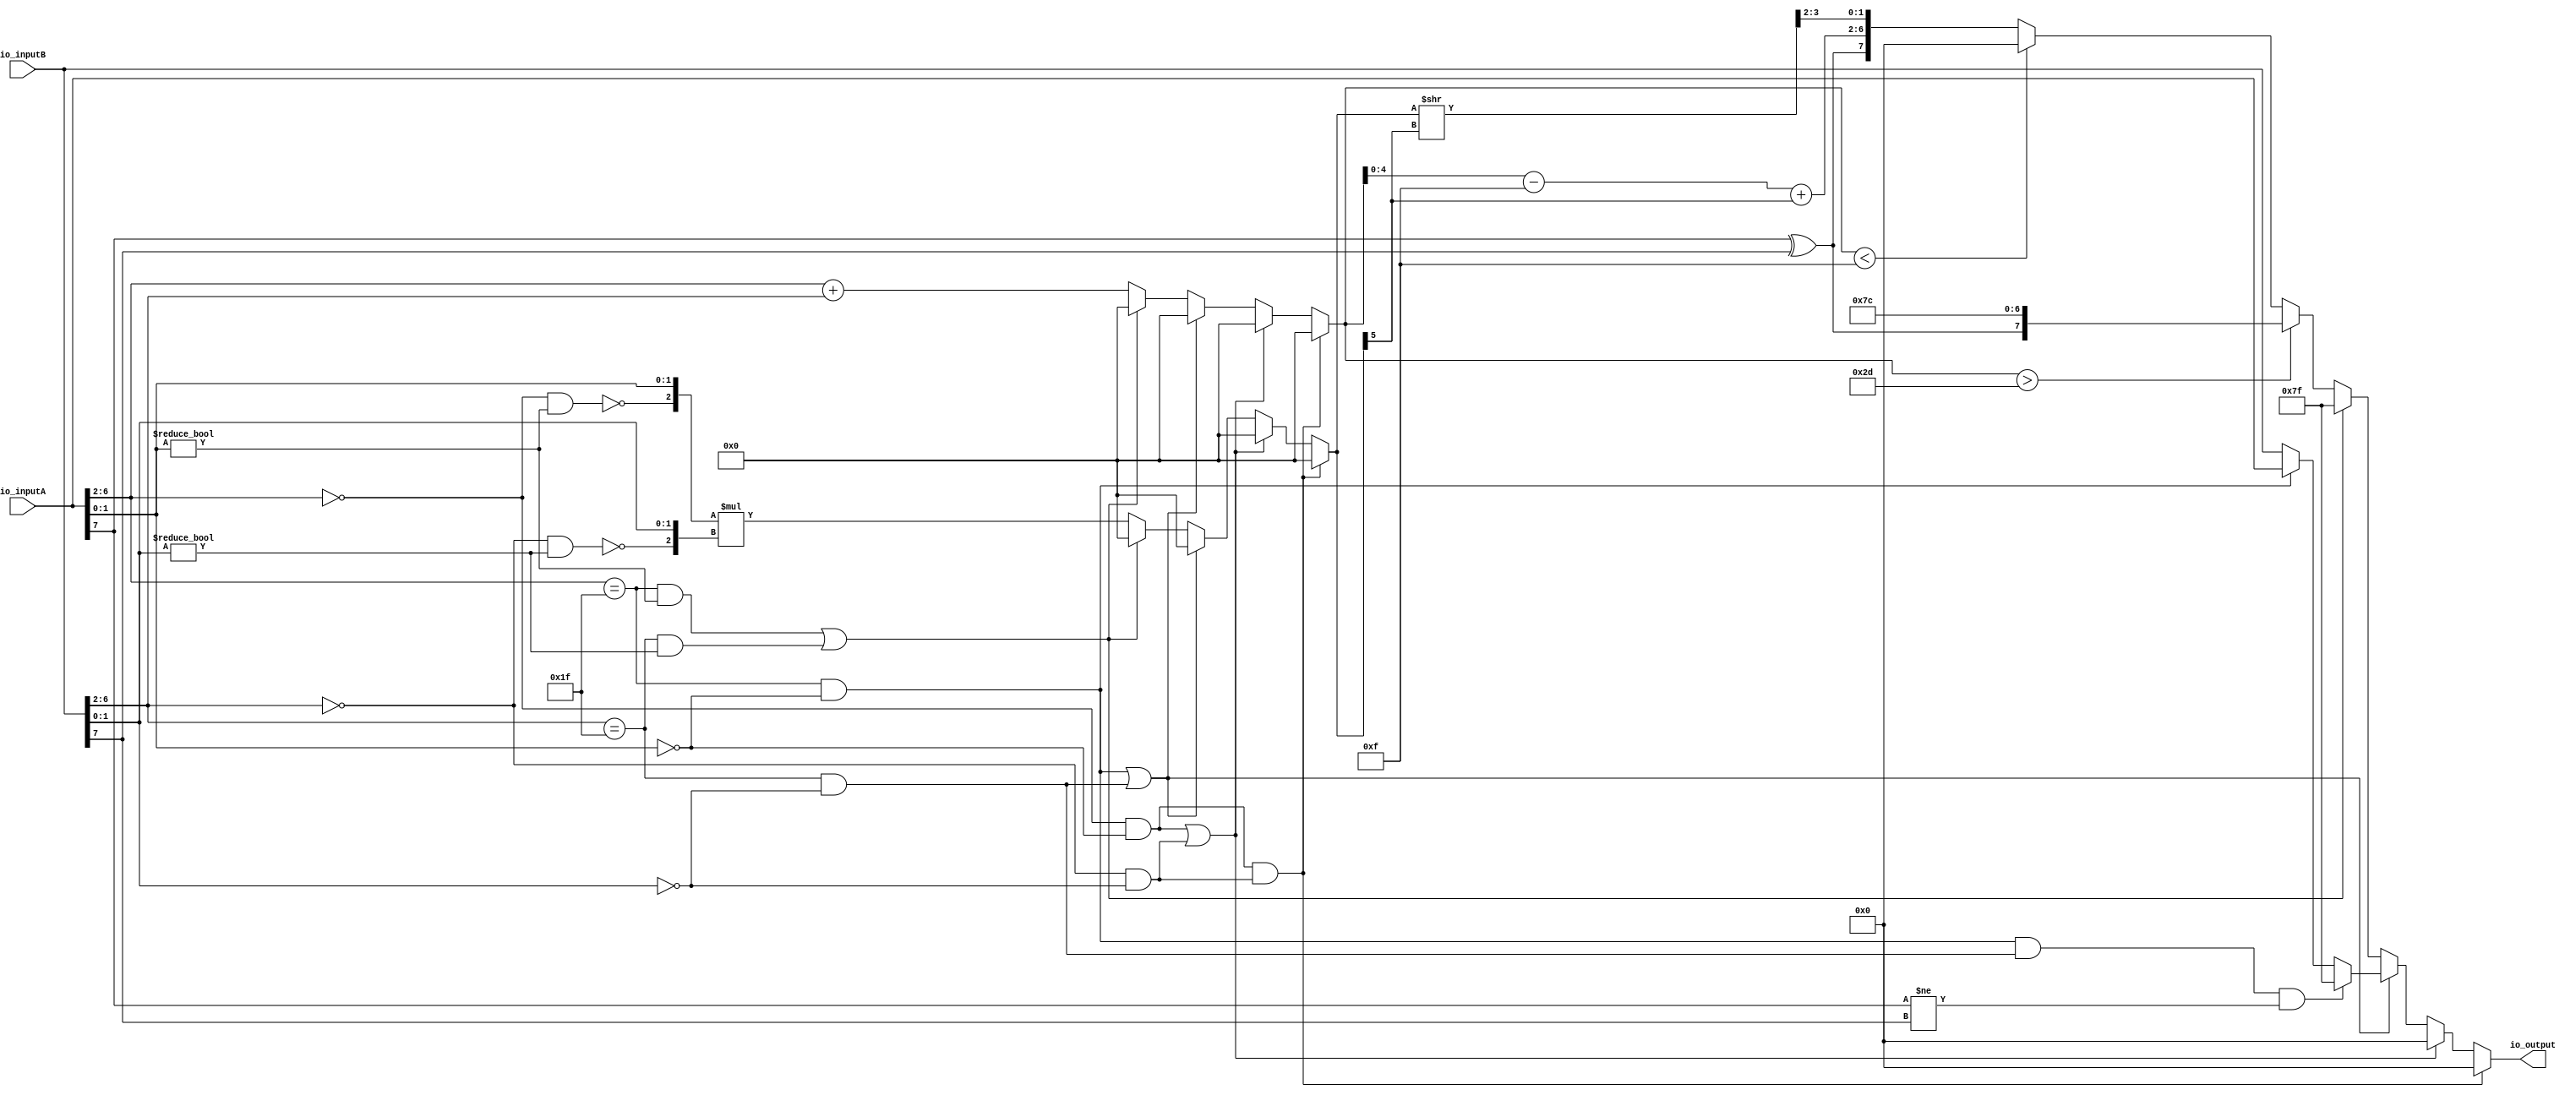
`default_nettype none

module FP8_MUL(
  input  [7:0] io_inputA,
  input  [7:0] io_inputB,
  output [7:0] io_output
);
  wire  signA = io_inputA[7]; // @[FP8_MUL.scala 13:20]
  wire [4:0] expA = io_inputA[6:2]; // @[FP8_MUL.scala 14:24]
  wire [1:0] sigA = io_inputA[1:0]; // @[FP8_MUL.scala 15:27]
  wire  signB = io_inputB[7]; // @[FP8_MUL.scala 13:20]
  wire [4:0] expB = io_inputB[6:2]; // @[FP8_MUL.scala 14:24]
  wire [1:0] sigB = io_inputB[1:0]; // @[FP8_MUL.scala 15:27]
  wire  _infFlagA_T = expA == 5'h1f; // @[FP8_MUL.scala 24:25]
  wire  _infFlagA_T_1 = sigA == 2'h0; // @[FP8_MUL.scala 24:48]
  wire  infFlagA = expA == 5'h1f & sigA == 2'h0; // @[FP8_MUL.scala 24:40]
  wire  _infFlagB_T = expB == 5'h1f; // @[FP8_MUL.scala 25:25]
  wire  _infFlagB_T_1 = sigB == 2'h0; // @[FP8_MUL.scala 25:48]
  wire  infFlagB = expB == 5'h1f & sigB == 2'h0; // @[FP8_MUL.scala 25:40]
  wire  _zeroFlagA_T = expA == 5'h0; // @[FP8_MUL.scala 28:26]
  wire  zeroFlagA = expA == 5'h0 & _infFlagA_T_1; // @[FP8_MUL.scala 28:41]
  wire  _zeroFlagB_T = expB == 5'h0; // @[FP8_MUL.scala 29:26]
  wire  zeroFlagB = expB == 5'h0 & _infFlagB_T_1; // @[FP8_MUL.scala 29:41]
  wire  _nanFlagA_T_1 = sigA != 2'h0; // @[FP8_MUL.scala 32:48]
  wire  nanFlagA = _infFlagA_T & sigA != 2'h0; // @[FP8_MUL.scala 32:40]
  wire  _nanFlagB_T_1 = sigB != 2'h0; // @[FP8_MUL.scala 33:48]
  wire  nanFlagB = _infFlagB_T & sigB != 2'h0; // @[FP8_MUL.scala 33:40]
  wire  subFlagA = _zeroFlagA_T & _nanFlagA_T_1; // @[FP8_MUL.scala 36:40]
  wire  subFlagB = _zeroFlagB_T & _nanFlagB_T_1; // @[FP8_MUL.scala 37:40]
  wire [7:0] _io_output_T = infFlagA ? io_inputA : io_inputB; // @[FP8_MUL.scala 55:23]
  wire [7:0] _GEN_0 = infFlagA & infFlagB & signA != signB ? 8'h7f : _io_output_T; // @[FP8_MUL.scala 52:53 53:17 55:17]
  wire [5:0] _ovrChk_6_T = expA + expB; // @[FP8_MUL.scala 61:22]
  wire  _sigMul_6_T = ~subFlagA; // @[FP8_MUL.scala 62:21]
  wire [2:0] _sigMul_6_T_1 = {_sigMul_6_T,sigA}; // @[Cat.scala 33:92]
  wire  _sigMul_6_T_2 = ~subFlagB; // @[FP8_MUL.scala 62:43]
  wire [2:0] _sigMul_6_T_3 = {_sigMul_6_T_2,sigB}; // @[Cat.scala 33:92]
  wire [5:0] _sigMul_6_T_4 = _sigMul_6_T_1 * _sigMul_6_T_3; // @[FP8_MUL.scala 62:37]
  wire [5:0] _GEN_4 = nanFlagA | nanFlagB ? 6'h0 : _ovrChk_6_T; // @[FP8_MUL.scala 42:14 57:35 61:14]
  wire [5:0] _GEN_7 = infFlagA | infFlagB ? 6'h0 : _GEN_4; // @[FP8_MUL.scala 42:14 50:35]
  wire [5:0] _GEN_10 = zeroFlagA | zeroFlagB ? 6'h0 : _GEN_7; // @[FP8_MUL.scala 42:14 48:37]
  wire [5:0] ovrChk_6 = zeroFlagA & zeroFlagB ? 6'h0 : _GEN_10; // @[FP8_MUL.scala 42:14 45:32]
  wire  _io_output_T_1 = signA ^ signB; // @[FP8_MUL.scala 64:30]
  wire [7:0] _io_output_T_2 = {_io_output_T_1,7'h7c}; // @[Cat.scala 33:92]
  wire [5:0] _io_output_T_5 = ovrChk_6 - 6'hf; // @[FP8_MUL.scala 69:50]
  wire [5:0] _GEN_5 = nanFlagA | nanFlagB ? 6'h0 : _sigMul_6_T_4; // @[FP8_MUL.scala 43:14 57:35 62:14]
  wire [5:0] _GEN_8 = infFlagA | infFlagB ? 6'h0 : _GEN_5; // @[FP8_MUL.scala 43:14 50:35]
  wire [5:0] _GEN_11 = zeroFlagA | zeroFlagB ? 6'h0 : _GEN_8; // @[FP8_MUL.scala 43:14 48:37]
  wire [5:0] sigMul_6 = zeroFlagA & zeroFlagB ? 6'h0 : _GEN_11; // @[FP8_MUL.scala 43:14 45:32]
  wire [4:0] _GEN_15 = {{4'd0}, sigMul_6[5]}; // @[FP8_MUL.scala 69:63]
  wire [4:0] _io_output_T_9 = _io_output_T_5[4:0] + _GEN_15; // @[FP8_MUL.scala 69:63]
  wire [5:0] _io_output_T_11 = sigMul_6 >> sigMul_6[5]; // @[FP8_MUL.scala 69:89]
  wire [7:0] _io_output_T_13 = {_io_output_T_1,_io_output_T_9,_io_output_T_11[3:2]}; // @[Cat.scala 33:92]
  wire [7:0] _GEN_1 = ovrChk_6 < 6'hf ? 8'h0 : _io_output_T_13; // @[FP8_MUL.scala 65:32 66:17 69:17]
  wire [7:0] _GEN_2 = ovrChk_6 > 6'h2d ? _io_output_T_2 : _GEN_1; // @[FP8_MUL.scala 63:26 64:17]
  wire [7:0] _GEN_3 = nanFlagA | nanFlagB ? 8'h7f : _GEN_2; // @[FP8_MUL.scala 57:35 58:15]
  wire [7:0] _GEN_6 = infFlagA | infFlagB ? _GEN_0 : _GEN_3; // @[FP8_MUL.scala 50:35]
  wire [7:0] _GEN_9 = zeroFlagA | zeroFlagB ? 8'h0 : _GEN_6; // @[FP8_MUL.scala 48:37 49:15]
  assign io_output = zeroFlagA & zeroFlagB ? 8'h0 : _GEN_9; // @[FP8_MUL.scala 45:32 47:15]
endmodule

module FP8_ADD(
  input  [7:0] io_inputA,
  input  [7:0] io_inputB,
  output [7:0] io_output
);
  wire  signA = io_inputA[7]; // @[FP8_ADD.scala 13:18]
  wire [4:0] expA = io_inputA[6:2]; // @[FP8_ADD.scala 14:22]
  wire [1:0] sigA = io_inputA[1:0]; // @[FP8_ADD.scala 15:25]
  wire  signB = io_inputB[7]; // @[FP8_ADD.scala 13:18]
  wire [4:0] expB = io_inputB[6:2]; // @[FP8_ADD.scala 14:22]
  wire [1:0] sigB = io_inputB[1:0]; // @[FP8_ADD.scala 15:25]
  wire  _infFlagA_T = expA == 5'h1f; // @[FP8_ADD.scala 24:23]
  wire  _infFlagA_T_1 = sigA == 2'h0; // @[FP8_ADD.scala 24:46]
  wire  infFlagA = expA == 5'h1f & sigA == 2'h0; // @[FP8_ADD.scala 24:38]
  wire  _infFlagB_T = expB == 5'h1f; // @[FP8_ADD.scala 25:23]
  wire  _infFlagB_T_1 = sigB == 2'h0; // @[FP8_ADD.scala 25:46]
  wire  infFlagB = expB == 5'h1f & sigB == 2'h0; // @[FP8_ADD.scala 25:38]
  wire  _zeroFlagA_T = expA == 5'h0; // @[FP8_ADD.scala 28:24]
  wire  zeroFlagA = expA == 5'h0 & _infFlagA_T_1; // @[FP8_ADD.scala 28:39]
  wire  _zeroFlagB_T = expB == 5'h0; // @[FP8_ADD.scala 29:24]
  wire  zeroFlagB = expB == 5'h0 & _infFlagB_T_1; // @[FP8_ADD.scala 29:39]
  wire  _nanFlagA_T_1 = sigA != 2'h0; // @[FP8_ADD.scala 32:46]
  wire  nanFlagA = _infFlagA_T & sigA != 2'h0; // @[FP8_ADD.scala 32:38]
  wire  _nanFlagB_T_1 = sigB != 2'h0; // @[FP8_ADD.scala 33:46]
  wire  nanFlagB = _infFlagB_T & sigB != 2'h0; // @[FP8_ADD.scala 33:38]
  wire  subFlagA = _zeroFlagA_T & _nanFlagA_T_1; // @[FP8_ADD.scala 36:38]
  wire  subFlagB = _zeroFlagB_T & _nanFlagB_T_1; // @[FP8_ADD.scala 37:38]
  wire [7:0] _io_output_T = zeroFlagA ? io_inputB : io_inputA; // @[FP8_ADD.scala 56:21]
  wire  _T_4 = signA != signB; // @[FP8_ADD.scala 59:42]
  wire [7:0] _io_output_T_1 = infFlagA ? io_inputA : io_inputB; // @[FP8_ADD.scala 62:23]
  wire [7:0] _GEN_0 = infFlagA & infFlagB & signA != signB ? 8'h7f : _io_output_T_1; // @[FP8_ADD.scala 59:53 60:17 62:17]
  wire  _T_8 = sigA > sigB; // @[FP8_ADD.scala 71:17]
  wire [2:0] _ovrChk_a_n_T = {1'h0,sigA}; // @[Cat.scala 33:92]
  wire [2:0] _ovrChk_a_n_T_1 = {1'h0,sigB}; // @[Cat.scala 33:92]
  wire [3:0] _ovrChk_a_n_T_2 = _ovrChk_a_n_T + _ovrChk_a_n_T_1; // @[FP8_ADD.scala 72:38]
  wire [2:0] _ovrChk_s_n_T_3 = _ovrChk_a_n_T - _ovrChk_a_n_T_1; // @[FP8_ADD.scala 73:38]
  wire  _io_output_T_2 = ~signA; // @[FP8_ADD.scala 74:32]
  wire  _io_output_T_3 = ~signB; // @[FP8_ADD.scala 74:62]
  wire  _T_9 = sigB > sigA; // @[FP8_ADD.scala 75:23]
  wire [3:0] _ovrChk_a_n_T_5 = _ovrChk_a_n_T_1 + _ovrChk_a_n_T; // @[FP8_ADD.scala 76:38]
  wire [3:0] _GEN_1 = sigB > sigA ? _ovrChk_a_n_T_5 : _ovrChk_a_n_T_5; // @[FP8_ADD.scala 75:30 76:20 80:20]
  wire [3:0] _GEN_4 = sigA > sigB ? _ovrChk_a_n_T_2 : _GEN_1; // @[FP8_ADD.scala 71:24 72:20]
  wire [3:0] _GEN_21 = subFlagA & subFlagB ? _GEN_4 : 4'h0; // @[FP8_ADD.scala 49:14 68:31]
  wire [3:0] _GEN_27 = nanFlagA | nanFlagB ? 4'h0 : _GEN_21; // @[FP8_ADD.scala 49:14 64:35]
  wire [3:0] _GEN_32 = infFlagA | infFlagB ? 4'h0 : _GEN_27; // @[FP8_ADD.scala 49:14 57:35]
  wire [3:0] _GEN_37 = zeroFlagA | zeroFlagB ? 4'h0 : _GEN_32; // @[FP8_ADD.scala 49:14 55:37]
  wire [3:0] _GEN_42 = zeroFlagA & zeroFlagB ? 4'h0 : _GEN_37; // @[FP8_ADD.scala 49:14 52:32]
  wire [2:0] ovrChk_a_n = _GEN_42[2:0]; // @[FP8_ADD.scala 47:24]
  wire [4:0] _GEN_46 = {{4'd0}, ovrChk_a_n[2]}; // @[FP8_ADD.scala 74:80]
  wire [4:0] _io_output_T_6 = expA + _GEN_46; // @[FP8_ADD.scala 74:80]
  wire [6:0] _io_output_T_8 = {_io_output_T_6,ovrChk_a_n[1:0]}; // @[Cat.scala 33:92]
  wire [2:0] _ovrChk_s_n_T_7 = _ovrChk_a_n_T_1 - _ovrChk_a_n_T; // @[FP8_ADD.scala 77:38]
  wire [2:0] _GEN_2 = sigB > sigA ? _ovrChk_s_n_T_7 : 3'h0; // @[FP8_ADD.scala 50:14 75:30 77:20]
  wire [2:0] _GEN_5 = sigA > sigB ? _ovrChk_s_n_T_3 : _GEN_2; // @[FP8_ADD.scala 71:24 73:20]
  wire [2:0] _GEN_22 = subFlagA & subFlagB ? _GEN_5 : 3'h0; // @[FP8_ADD.scala 50:14 68:31]
  wire [2:0] _GEN_28 = nanFlagA | nanFlagB ? 3'h0 : _GEN_22; // @[FP8_ADD.scala 50:14 64:35]
  wire [2:0] _GEN_33 = infFlagA | infFlagB ? 3'h0 : _GEN_28; // @[FP8_ADD.scala 50:14 57:35]
  wire [2:0] _GEN_38 = zeroFlagA | zeroFlagB ? 3'h0 : _GEN_33; // @[FP8_ADD.scala 50:14 55:37]
  wire [2:0] ovrChk_s_n = zeroFlagA & zeroFlagB ? 3'h0 : _GEN_38; // @[FP8_ADD.scala 50:14 52:32]
  wire [4:0] _GEN_47 = {{4'd0}, ovrChk_s_n[2]}; // @[FP8_ADD.scala 74:124]
  wire [4:0] _io_output_T_11 = expA + _GEN_47; // @[FP8_ADD.scala 74:124]
  wire [6:0] _io_output_T_13 = {_io_output_T_11,ovrChk_s_n[1:0]}; // @[Cat.scala 33:92]
  wire [6:0] _io_output_T_14 = ~signB ? _io_output_T_8 : _io_output_T_13; // @[FP8_ADD.scala 74:55]
  wire [7:0] _io_output_T_15 = {signA,_io_output_T_14}; // @[Cat.scala 33:92]
  wire [6:0] _io_output_T_27 = ~signB ? _io_output_T_13 : _io_output_T_8; // @[FP8_ADD.scala 74:175]
  wire [7:0] _io_output_T_28 = {signA,_io_output_T_27}; // @[Cat.scala 33:92]
  wire [7:0] _io_output_T_29 = ~signA ? _io_output_T_15 : _io_output_T_28; // @[FP8_ADD.scala 74:25]
  wire [4:0] _io_output_T_34 = expB + _GEN_46; // @[FP8_ADD.scala 78:80]
  wire [6:0] _io_output_T_36 = {_io_output_T_34,ovrChk_a_n[1:0]}; // @[Cat.scala 33:92]
  wire [4:0] _io_output_T_39 = expB + _GEN_47; // @[FP8_ADD.scala 78:124]
  wire [6:0] _io_output_T_41 = {_io_output_T_39,ovrChk_s_n[1:0]}; // @[Cat.scala 33:92]
  wire [6:0] _io_output_T_42 = _io_output_T_2 ? _io_output_T_36 : _io_output_T_41; // @[FP8_ADD.scala 78:55]
  wire [7:0] _io_output_T_43 = {signB,_io_output_T_42}; // @[Cat.scala 33:92]
  wire [6:0] _io_output_T_55 = _io_output_T_2 ? _io_output_T_41 : _io_output_T_36; // @[FP8_ADD.scala 78:175]
  wire [7:0] _io_output_T_56 = {signB,_io_output_T_55}; // @[Cat.scala 33:92]
  wire [7:0] _io_output_T_57 = _io_output_T_3 ? _io_output_T_43 : _io_output_T_56; // @[FP8_ADD.scala 78:25]
  wire [7:0] _io_output_T_63 = {signA,_io_output_T_6,ovrChk_a_n[1:0]}; // @[Cat.scala 33:92]
  wire [7:0] _io_output_T_64 = signB != signA ? 8'h0 : _io_output_T_63; // @[FP8_ADD.scala 82:25]
  wire [7:0] _GEN_3 = sigB > sigA ? _io_output_T_57 : _io_output_T_64; // @[FP8_ADD.scala 75:30 78:19 82:19]
  wire [7:0] _GEN_6 = sigA > sigB ? _io_output_T_29 : _GEN_3; // @[FP8_ADD.scala 71:24 74:19]
  wire [2:0] _ovrChk_a_T = {1'h1,sigA}; // @[Cat.scala 33:92]
  wire [2:0] _ovrChk_a_T_1 = {1'h1,sigB}; // @[Cat.scala 33:92]
  wire [4:0] _ovrChk_a_T_3 = expA - expB; // @[FP8_ADD.scala 96:64]
  wire [2:0] _ovrChk_a_T_4 = _ovrChk_a_T_1 >> _ovrChk_a_T_3; // @[FP8_ADD.scala 96:55]
  wire [3:0] _ovrChk_a_T_5 = _ovrChk_a_T + _ovrChk_a_T_4; // @[FP8_ADD.scala 96:36]
  wire [2:0] _ovrChk_s_T_6 = _ovrChk_a_T - _ovrChk_a_T_4; // @[FP8_ADD.scala 97:36]
  wire [4:0] _ovrChk_a_T_9 = expB - expA; // @[FP8_ADD.scala 102:64]
  wire [2:0] _ovrChk_a_T_10 = _ovrChk_a_T >> _ovrChk_a_T_9; // @[FP8_ADD.scala 102:55]
  wire [3:0] _ovrChk_a_T_11 = _ovrChk_a_T_1 + _ovrChk_a_T_10; // @[FP8_ADD.scala 102:36]
  wire [3:0] _GEN_9 = expB > expA ? _ovrChk_a_T_11 : _ovrChk_a_T_11; // @[FP8_ADD.scala 100:30 102:18 107:18]
  wire [3:0] _GEN_12 = expA > expB ? _ovrChk_a_T_5 : _GEN_9; // @[FP8_ADD.scala 94:24 96:18]
  wire [2:0] _ovrChk_a_T_22 = _ovrChk_a_n_T_1 >> _ovrChk_a_T_3; // @[FP8_ADD.scala 127:55]
  wire [3:0] _ovrChk_a_T_23 = _ovrChk_a_T + _ovrChk_a_T_22; // @[FP8_ADD.scala 127:36]
  wire [2:0] _ovrChk_a_T_28 = _ovrChk_a_n_T >> _ovrChk_a_T_9; // @[FP8_ADD.scala 131:55]
  wire [3:0] _ovrChk_a_T_29 = _ovrChk_a_T_1 + _ovrChk_a_T_28; // @[FP8_ADD.scala 131:36]
  wire [3:0] _GEN_15 = subFlagB ? _ovrChk_a_T_23 : _ovrChk_a_T_29; // @[FP8_ADD.scala 126:21 127:18 131:18]
  wire [3:0] _GEN_18 = ~subFlagA & ~subFlagB ? _GEN_12 : _GEN_15; // @[FP8_ADD.scala 86:39]
  wire [3:0] _GEN_24 = subFlagA & subFlagB ? 4'h0 : _GEN_18; // @[FP8_ADD.scala 43:12 68:31]
  wire [3:0] _GEN_29 = nanFlagA | nanFlagB ? 4'h0 : _GEN_24; // @[FP8_ADD.scala 43:12 64:35]
  wire [3:0] _GEN_34 = infFlagA | infFlagB ? 4'h0 : _GEN_29; // @[FP8_ADD.scala 43:12 57:35]
  wire [3:0] _GEN_39 = zeroFlagA | zeroFlagB ? 4'h0 : _GEN_34; // @[FP8_ADD.scala 43:12 55:37]
  wire [3:0] ovrChk_a = zeroFlagA & zeroFlagB ? 4'h0 : _GEN_39; // @[FP8_ADD.scala 43:12 52:32]
  wire [4:0] _GEN_55 = {{4'd0}, ovrChk_a[3]}; // @[FP8_ADD.scala 98:80]
  wire [4:0] _io_output_T_69 = expA + _GEN_55; // @[FP8_ADD.scala 98:80]
  wire [3:0] _io_output_T_71 = ovrChk_a >> ovrChk_a[3]; // @[FP8_ADD.scala 98:105]
  wire [6:0] _io_output_T_73 = {_io_output_T_69,_io_output_T_71[1:0]}; // @[Cat.scala 33:92]
  wire [2:0] _ovrChk_s_T_13 = _ovrChk_a_T_1 - _ovrChk_a_T_10; // @[FP8_ADD.scala 103:36]
  wire [2:0] _GEN_10 = expB > expA ? _ovrChk_s_T_13 : _ovrChk_s_T_13; // @[FP8_ADD.scala 100:30 103:18 108:18]
  wire [2:0] _GEN_13 = expA > expB ? _ovrChk_s_T_6 : _GEN_10; // @[FP8_ADD.scala 94:24 97:18]
  wire [2:0] _ovrChk_s_T_27 = _ovrChk_a_T - _ovrChk_a_T_22; // @[FP8_ADD.scala 128:36]
  wire [2:0] _ovrChk_s_T_34 = _ovrChk_a_T_1 - _ovrChk_a_T_28; // @[FP8_ADD.scala 132:36]
  wire [2:0] _GEN_16 = subFlagB ? _ovrChk_s_T_27 : _ovrChk_s_T_34; // @[FP8_ADD.scala 126:21 128:18 132:18]
  wire [2:0] _GEN_19 = ~subFlagA & ~subFlagB ? _GEN_13 : _GEN_16; // @[FP8_ADD.scala 86:39]
  wire [2:0] _GEN_25 = subFlagA & subFlagB ? 3'h0 : _GEN_19; // @[FP8_ADD.scala 44:12 68:31]
  wire [2:0] _GEN_30 = nanFlagA | nanFlagB ? 3'h0 : _GEN_25; // @[FP8_ADD.scala 44:12 64:35]
  wire [2:0] _GEN_35 = infFlagA | infFlagB ? 3'h0 : _GEN_30; // @[FP8_ADD.scala 44:12 57:35]
  wire [2:0] _GEN_40 = zeroFlagA | zeroFlagB ? 3'h0 : _GEN_35; // @[FP8_ADD.scala 44:12 55:37]
  wire [2:0] _GEN_45 = zeroFlagA & zeroFlagB ? 3'h0 : _GEN_40; // @[FP8_ADD.scala 44:12 52:32]
  wire [3:0] ovrChk_s = {{1'd0}, _GEN_45}; // @[FP8_ADD.scala 41:22]
  wire [4:0] _GEN_56 = {{4'd0}, ovrChk_s[3]}; // @[FP8_ADD.scala 98:137]
  wire [4:0] _io_output_T_76 = expA + _GEN_56; // @[FP8_ADD.scala 98:137]
  wire [3:0] _io_output_T_78 = ovrChk_s >> ovrChk_s[3]; // @[FP8_ADD.scala 98:162]
  wire [6:0] _io_output_T_80 = {_io_output_T_76,_io_output_T_78[1:0]}; // @[Cat.scala 33:92]
  wire [6:0] _io_output_T_81 = _io_output_T_3 ? _io_output_T_73 : _io_output_T_80; // @[FP8_ADD.scala 98:55]
  wire [7:0] _io_output_T_82 = {signA,_io_output_T_81}; // @[Cat.scala 33:92]
  wire [6:0] _io_output_T_98 = _io_output_T_3 ? _io_output_T_80 : _io_output_T_73; // @[FP8_ADD.scala 98:201]
  wire [7:0] _io_output_T_99 = {signA,_io_output_T_98}; // @[Cat.scala 33:92]
  wire [7:0] _io_output_T_100 = _io_output_T_2 ? _io_output_T_82 : _io_output_T_99; // @[FP8_ADD.scala 98:25]
  wire [4:0] _io_output_T_105 = expB + _GEN_55; // @[FP8_ADD.scala 104:80]
  wire [6:0] _io_output_T_109 = {_io_output_T_105,_io_output_T_71[1:0]}; // @[Cat.scala 33:92]
  wire [4:0] _io_output_T_112 = expB + _GEN_56; // @[FP8_ADD.scala 104:137]
  wire [6:0] _io_output_T_116 = {_io_output_T_112,_io_output_T_78[1:0]}; // @[Cat.scala 33:92]
  wire [6:0] _io_output_T_117 = _io_output_T_2 ? _io_output_T_109 : _io_output_T_116; // @[FP8_ADD.scala 104:55]
  wire [7:0] _io_output_T_118 = {signB,_io_output_T_117}; // @[Cat.scala 33:92]
  wire [6:0] _io_output_T_134 = _io_output_T_2 ? _io_output_T_116 : _io_output_T_109; // @[FP8_ADD.scala 104:201]
  wire [7:0] _io_output_T_135 = {signB,_io_output_T_134}; // @[Cat.scala 33:92]
  wire [7:0] _io_output_T_136 = _io_output_T_3 ? _io_output_T_118 : _io_output_T_135; // @[FP8_ADD.scala 104:25]
  wire [7:0] _io_output_T_216 = {signA,_io_output_T_69,_io_output_T_71[1:0]}; // @[Cat.scala 33:92]
  wire [7:0] _io_output_T_217 = _T_4 ? 8'h0 : _io_output_T_216; // @[FP8_ADD.scala 117:27]
  wire [7:0] _GEN_7 = _T_9 ? _io_output_T_136 : _io_output_T_217; // @[FP8_ADD.scala 113:32 114:21 117:21]
  wire [7:0] _GEN_8 = _T_8 ? _io_output_T_100 : _GEN_7; // @[FP8_ADD.scala 110:26 111:21]
  wire [7:0] _GEN_11 = expB > expA ? _io_output_T_136 : _GEN_8; // @[FP8_ADD.scala 100:30 104:19]
  wire [7:0] _GEN_14 = expA > expB ? _io_output_T_100 : _GEN_11; // @[FP8_ADD.scala 94:24 98:19]
  wire [7:0] _GEN_17 = subFlagB ? _io_output_T_100 : _io_output_T_136; // @[FP8_ADD.scala 126:21 129:19 133:19]
  wire [7:0] _GEN_20 = ~subFlagA & ~subFlagB ? _GEN_14 : _GEN_17; // @[FP8_ADD.scala 86:39]
  wire [7:0] _GEN_23 = subFlagA & subFlagB ? _GEN_6 : _GEN_20; // @[FP8_ADD.scala 68:31]
  wire [7:0] _GEN_26 = nanFlagA | nanFlagB ? 8'h7f : _GEN_23; // @[FP8_ADD.scala 64:35 65:15]
  wire [7:0] _GEN_31 = infFlagA | infFlagB ? _GEN_0 : _GEN_26; // @[FP8_ADD.scala 57:35]
  wire [7:0] _GEN_36 = zeroFlagA | zeroFlagB ? _io_output_T : _GEN_31; // @[FP8_ADD.scala 55:37 56:15]
  assign io_output = zeroFlagA & zeroFlagB ? 8'h0 : _GEN_36; // @[FP8_ADD.scala 52:32 54:15]
endmodule


module tt_um_fp_mac(
  input        clk,   	// clock
  input        rst_n, 	// reset_n - low to reset
  input  [7:0] ui_in, 	// io_wgt
  input  [7:0] uio_in, 	// io_ifm
  output [7:0] uo_out,
  output [7:0] uio_out,
  output [7:0] uio_oe, 	// IOs: Enable path (active high: 0=input, 1=output)
  input        ena     // always 1 when the design is powered, so you can ignore it
  //output       io_valid
);
`ifdef RANDOMIZE_REG_INIT
  reg [31:0] _RAND_0;
  reg [31:0] _RAND_1;
`endif // RANDOMIZE_REG_INIT
  wire [7:0] multiplier_io_inputA; // @[MAC_TOP.scala 13:26]
  wire [7:0] multiplier_io_inputB; // @[MAC_TOP.scala 13:26]
  wire [7:0] multiplier_io_output; // @[MAC_TOP.scala 13:26]
  wire [7:0] adder_io_inputA; // @[MAC_TOP.scala 14:21]
  wire [7:0] adder_io_inputB; // @[MAC_TOP.scala 14:21]
  wire [7:0] adder_io_output; // @[MAC_TOP.scala 14:21]
  reg [7:0] resBuff; // @[MAC_TOP.scala 56:24]
  reg [1:0] count; // @[MAC_TOP.scala 57:22]
  wire  _nextval_T = count < 2'h3; // @[MAC_TOP.scala 58:27]
  wire [1:0] _count_T_2 = count + 2'h1; // @[MAC_TOP.scala 64:42]
  FP8_MUL multiplier ( // @[MAC_TOP.scala 13:26]
    .io_inputA(multiplier_io_inputA),
    .io_inputB(multiplier_io_inputB),
    .io_output(multiplier_io_output)
  );
  FP8_ADD adder ( // @[MAC_TOP.scala 14:21]
    .io_inputA(adder_io_inputA),
    .io_inputB(adder_io_inputB),
    .io_output(adder_io_output)
  );

  assign uio_out = 0;
  assign uio_oe  = 0;

  assign uo_out = resBuff; // @[MAC_TOP.scala 66:13]
  //assign io_valid = count == 2'h3; // @[MAC_TOP.scala 65:21]
  assign multiplier_io_inputA = ui_in; // @[MAC_TOP.scala 51:26]
  assign multiplier_io_inputB = uio_in; // @[MAC_TOP.scala 52:26]
  assign adder_io_inputA = multiplier_io_output; // @[MAC_TOP.scala 61:19]
  assign adder_io_inputB = resBuff; // @[MAC_TOP.scala 62:19]
  always @(posedge clk) begin
    if (!rst_n) begin // @[MAC_TOP.scala 56:24]
      resBuff <= 8'h0; // @[MAC_TOP.scala 56:24]
    end else if (_nextval_T) begin // @[MAC_TOP.scala 59:17]
      if (count < 2'h3) begin // @[MAC_TOP.scala 58:20]
        resBuff <= adder_io_output;
      end else begin
        resBuff <= 8'h0;
      end
    end else begin
      resBuff <= 8'h0;
    end
    if (!rst_n) begin // @[MAC_TOP.scala 57:22]
      count <= 2'h0; // @[MAC_TOP.scala 57:22]
    end else if (count == 2'h3) begin // @[MAC_TOP.scala 64:15]
      count <= 2'h0;
    end else if (count < 2'h3) begin
      count <= _count_T_2;
    end else begin
      count <= 2'h0;
    end
  end
// Register and memory initialization
`ifdef RANDOMIZE_GARBAGE_ASSIGN
`define RANDOMIZE
`endif
`ifdef RANDOMIZE_INVALID_ASSIGN
`define RANDOMIZE
`endif
`ifdef RANDOMIZE_REG_INIT
`define RANDOMIZE
`endif
`ifdef RANDOMIZE_MEM_INIT
`define RANDOMIZE
`endif
`ifndef RANDOM
`define RANDOM $random
`endif
`ifdef RANDOMIZE_MEM_INIT
  integer initvar;
`endif
`ifndef SYNTHESIS
`ifdef FIRRTL_BEFORE_INITIAL
`FIRRTL_BEFORE_INITIAL
`endif
initial begin
  `ifdef RANDOMIZE
    `ifdef INIT_RANDOM
      `INIT_RANDOM
    `endif
    `ifndef VERILATOR
      `ifdef RANDOMIZE_DELAY
        #`RANDOMIZE_DELAY begin end
      `else
        #0.002 begin end
      `endif
    `endif
`ifdef RANDOMIZE_REG_INIT
  _RAND_0 = {1{`RANDOM}};
  resBuff = _RAND_0[7:0];
  _RAND_1 = {1{`RANDOM}};
  count = _RAND_1[1:0];
  // _RAND_0 = 8'h0;
  // resBuff = _RAND_0[7:0];
  // _RAND_1 = 8'h0;
  // count = _RAND_1[1:0];
`endif // RANDOMIZE_REG_INIT
  `endif // RANDOMIZE
end // initial
`ifdef FIRRTL_AFTER_INITIAL
`FIRRTL_AFTER_INITIAL
`endif
`endif // SYNTHESIS
endmodule